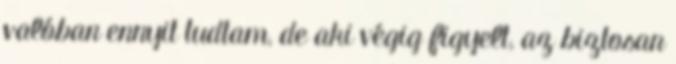
valóban ennyit tudtam, de aki végig figyelt, az biztosan